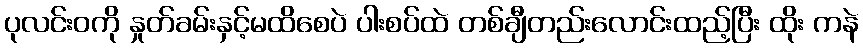
ပုလင်းဝကို နှုတ်ခမ်းနှင့်မထိစေပဲ ပါးစပ်ထဲ တစ်ချီတည်းလောင်းထည့်ပြီး ထိုး ကနဲ